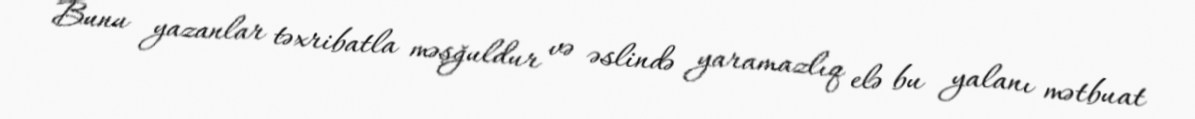
Bunu yazanlar təxribatla məşğuldur və əslində yaramazlıq elə bu yalanı mətbuat